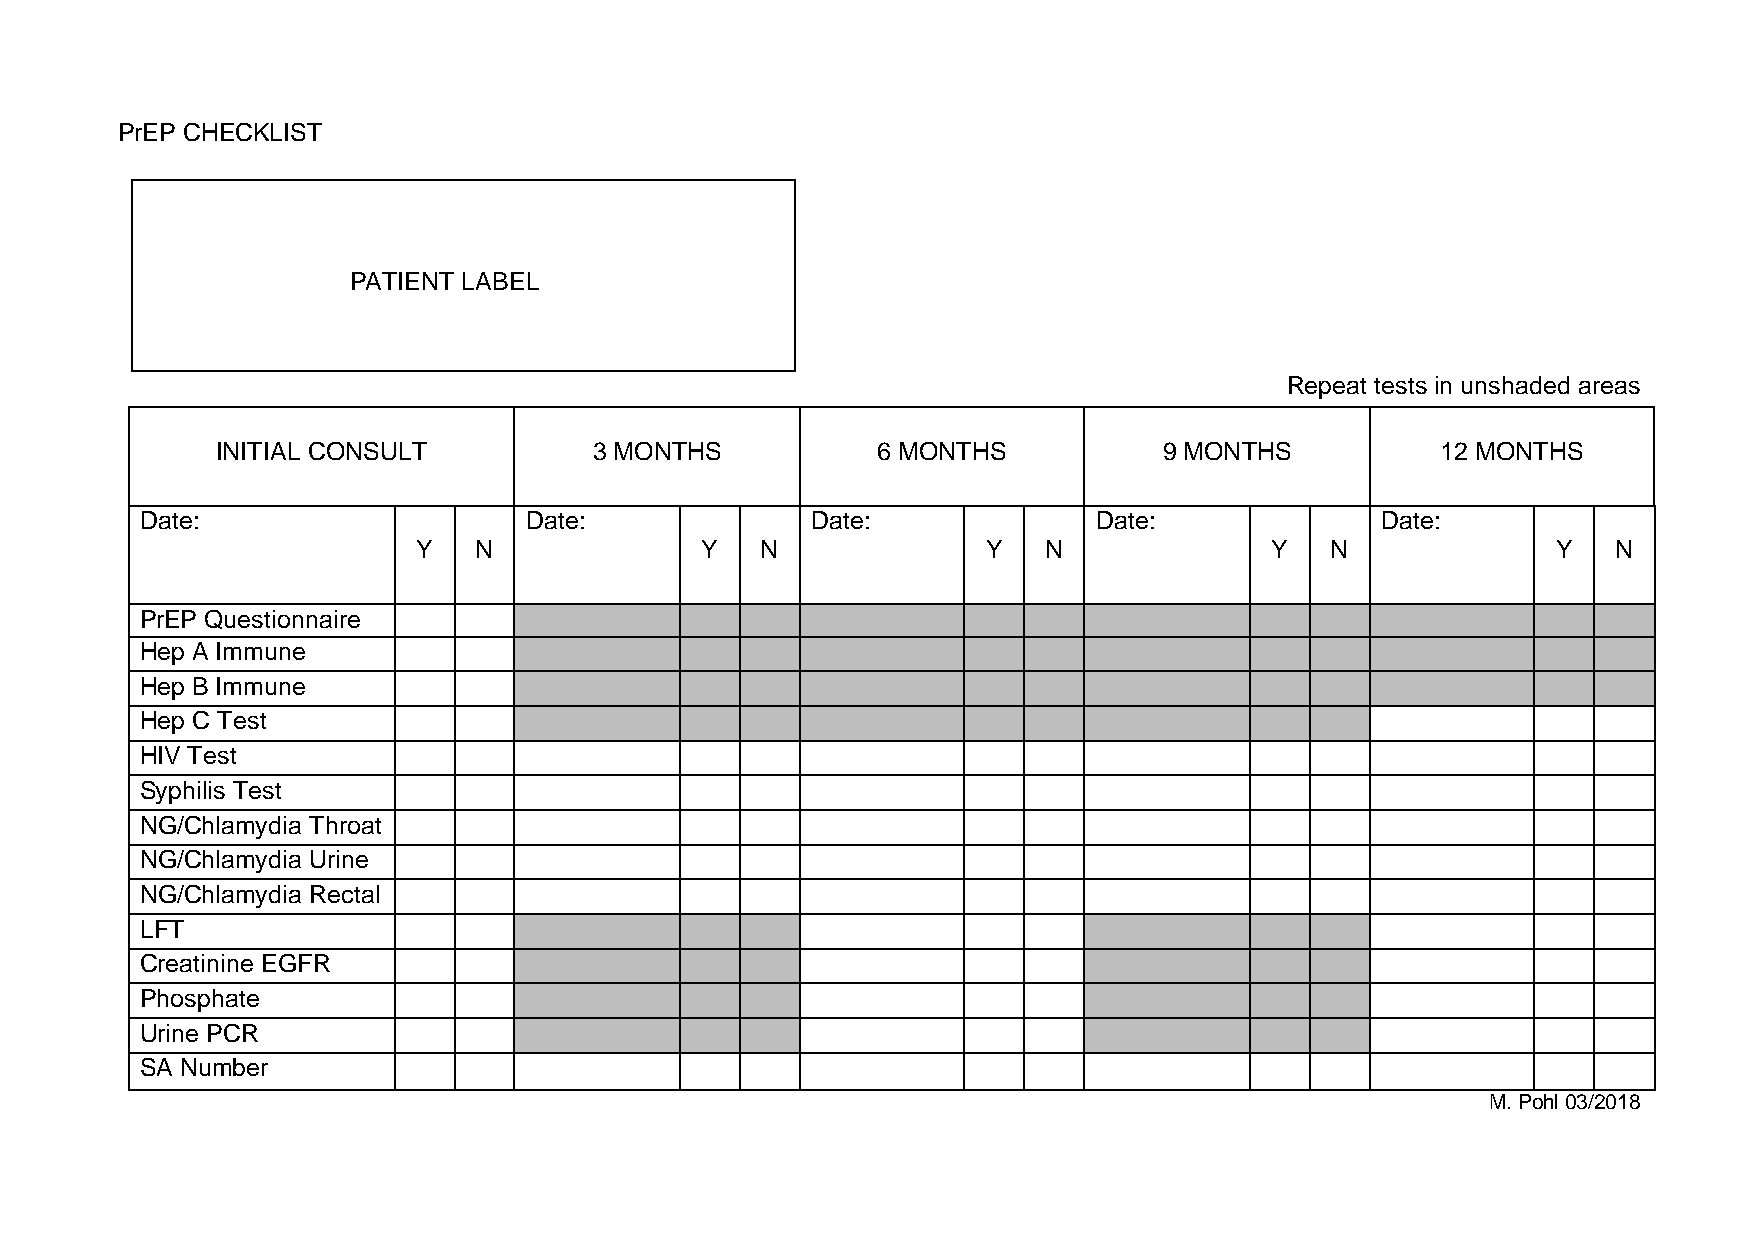
PrEP CHECKLIST
 PATIENT LABEL
 Repeat tests in unshaded areas
 INITIAL CONSULT          3 MONTHS           6 MONTHS           9 MONTHS          12 MONTHS
 Date:                     Date:              Date:              Date:             Date:
 Y  N              Y   N              Y   N              Y   N              Y   N
 PrEP Questionnaire
 Hep A Immune
 Hep B Immune
 Hep C Test
 HIV Test
 Syphilis Test
 NG/Chlamydia Throat
 NG/Chlamydia Urine
 NG/Chlamydia Rectal
 LFT
 Creatinine EGFR
 Phosphate
 Urine PCR
 SA Number
 M. Pohl 03/2018